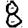
Digit: 8